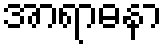
အာရာဓနာ